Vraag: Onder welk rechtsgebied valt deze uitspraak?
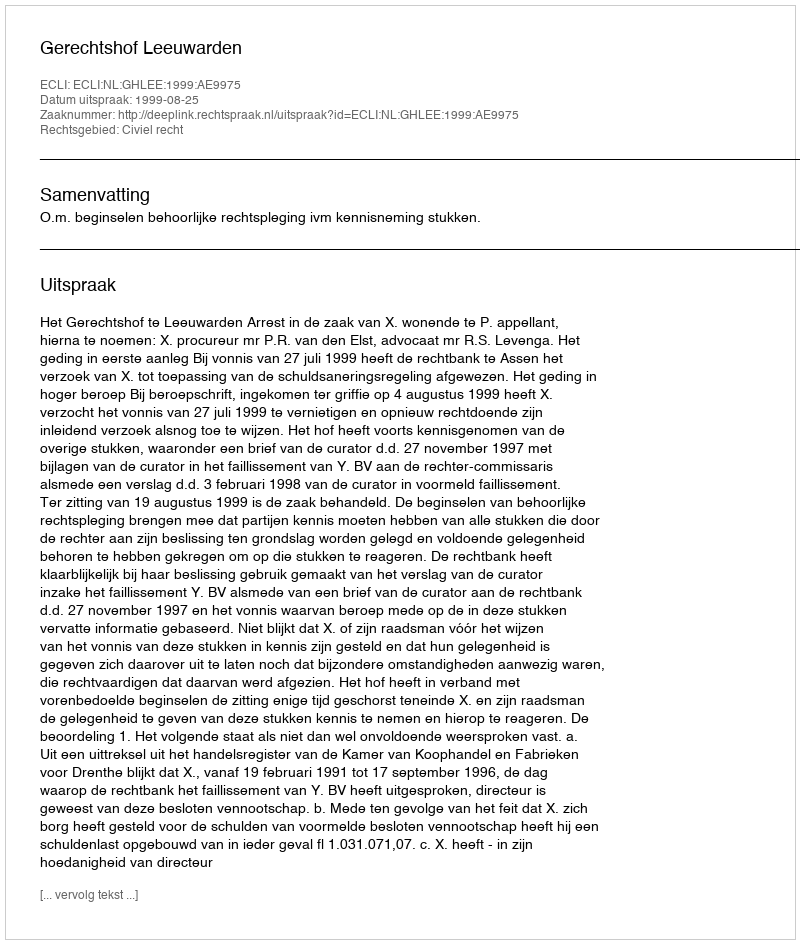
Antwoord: Civiel recht